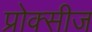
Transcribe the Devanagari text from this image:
प्रोक्सीज